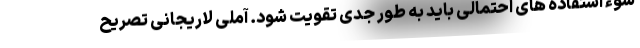
سوء استفاده های احتمالی باید به طور جدی تقویت شود. آملی لاریجانی تصریح